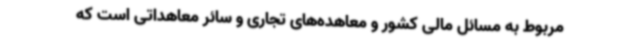
مربوط به مسائل مالی کشور و معاهده‌های تجاری و سائر معاهداتی است که